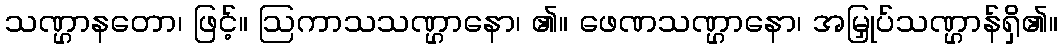
သဏ္ဌာနတော၊ ဖြင့်။ ဩကာသသဏ္ဌာနော၊ ၏။ ဖေဏသဏ္ဌာနော၊ အမြှုပ်သဏ္ဌာန်ရှိ၏။